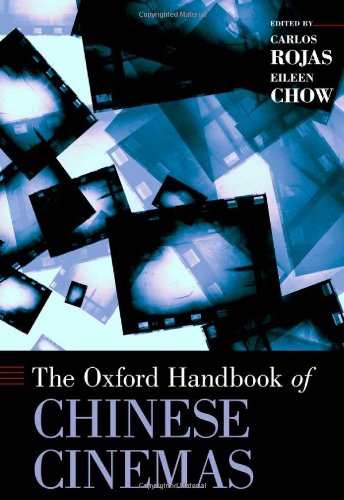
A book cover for The Oxford Handbook of Chinese Cinemas (Oxford Handbooks); History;